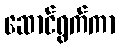
ဆောင်ရွက်ကာ